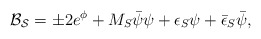
\begin{align*}{\cal B_S} = \pm 2 e^{\phi} + M_S \bar{\psi} \psi + \epsilon_S \psi +\bar{\epsilon}_S \bar{\psi},\end{align*}